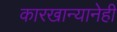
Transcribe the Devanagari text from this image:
कारखान्यानेही